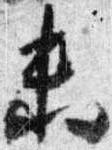
未